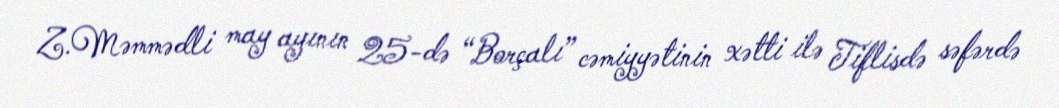
Z.Məmmədli may ayının 25-də “Borçalı” cəmiyyətinin xətti ilə Tiflisdə səfərdə